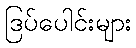
ဒြပ်ပေါင်းများ